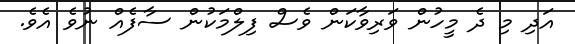
އަދި މި ދެ މީހުން ވަރިވާކަން ވެސް ފިލްމަކުން ސާފެއް ނުވެ އެވެ.